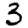
Digit: 3